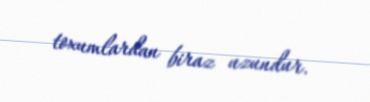
toxumlardan biraz uzundur.